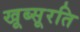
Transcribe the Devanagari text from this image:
खूब्सूरति